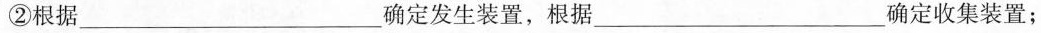
②根据___确定发生装置，根据___确定收集装置；